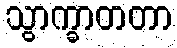
သွာက္ခာတတာ